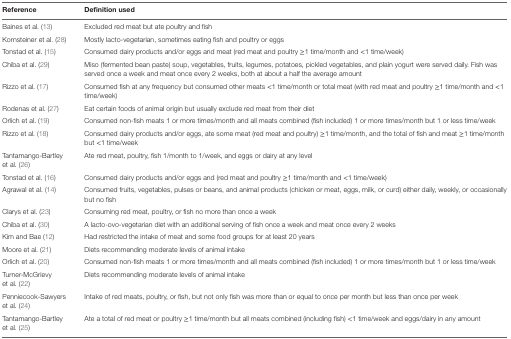
<table><thead><tr><td><b>Reference</b></td><td><b>Definition used</b></td></tr></thead><tbody><tr><td>Baines et al. (13)</td><td>Excluded red meat but ate poultry and fish</td></tr><tr><td>Kornsteiner et al. (28)</td><td>Mostly lacto-vegetarian, sometimes eating fish and poultry or eggs</td></tr><tr><td>Tonstad et al. (15)</td><td>Consumed dairy products and/or eggs and meat (red meat and poultry ≥1 time/month and &lt;1 time/week)</td></tr><tr><td>Chiba et al. (29)</td><td>Miso (fermented bean paste) soup, vegetables, fruits, legumes, potatoes, pickled vegetables, and plain yogurt were served daily. Fish was served once a week and meat once every 2 weeks, both at about a half the average amount</td></tr><tr><td>Rizzo et al. (17)</td><td>Consumed fish at any frequency but consumed other meats &lt;1 time/month or total meat (with red meat and poultry ≥1 time/month and &lt;1 time/week)</td></tr><tr><td>Rodenas et al. (27)</td><td>Eat certain foods of animal origin but usually exclude red meat from their diet</td></tr><tr><td>Orlich et al. (19)</td><td>Consumed non-fish meats 1 or more times/month and all meats combined (fish included) 1 or more times/month but 1 or less time/week</td></tr><tr><td>Rizzo et al. (18)</td><td>Consumed dairy products and/or eggs, ate some meat (red meat and poultry) ≥1 time/month, and the total of fish and meat ≥1 time/month but &lt;1 time/week</td></tr><tr><td>Tantamango-Bartley et al. (26)</td><td>Ate red meat, poultry, fish 1/month to 1/week, and eggs or dairy at any level</td></tr><tr><td>Tonstad et al. (16)</td><td>Consumed dairy products and/or eggs and (red meat and poultry ≥1 time/month and &lt;1 time/week)</td></tr><tr><td>Agrawal et al. (14)</td><td>Consumed fruits, vegetables, pulses or beans, and animal products (chicken or meat, eggs, milk, or curd) either daily, weekly, or occasionally but no fish</td></tr><tr><td>Clarys et al. (23)</td><td>Consuming red meat, poultry, or fish no more than once a week</td></tr><tr><td>Chiba et al. (30)</td><td>A lacto-ovo-vegetarian diet with an additional serving of fish once a week and meat once every 2 weeks</td></tr><tr><td>Kim and Bae (12)</td><td>Had restricted the intake of meat and some food groups for at least 20 years</td></tr><tr><td>Moore et al. (21)</td><td>Diets recommending moderate levels of animal intake</td></tr><tr><td>Orlich et al. (20)</td><td>Consumed non-fish meats 1 or more times/month and all meats combined (fish included) 1 or more times/month but 1 or less time/week</td></tr><tr><td>Turner-McGrievy et al. (22)</td><td>Diets recommending moderate levels of animal intake</td></tr><tr><td>Penniecook-Sawyers et al. (24)</td><td>Intake of red meats, poultry, or fish, but not only fish was more than or equal to once per month but less than once per week</td></tr><tr><td>Tantamango-Bartley et al. (25)</td><td>Ate a total of red meat or poultry ≥1 time/month but all meats combined (including fish) &lt;1 time/week and eggs/dairy in any amount</td></tr></tbody></table>